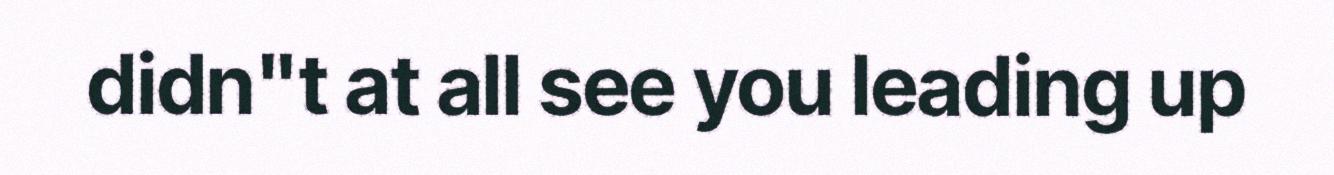
didn"t at all see you leading up